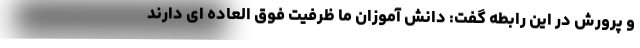
و پرورش در این رابطه گفت: دانش آموزان ما ظرفیت فوق العاده ای دارند